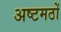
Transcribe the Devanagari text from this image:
अष्टमठों